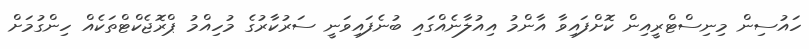
ހައުސިން މިނިސްޓްރީއިން ކޮށްފައިވާ އާންމު އިއުލާނެއްގައި ބުނެފައިވަނީ ސަރުކާރުގެ މުހިއްމު ޕްރޮޖެކްޓްތަކެއް ހިންގުމަށް